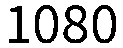
1080